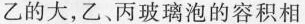
乙的大，乙、丙玻璃泡的容积相